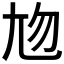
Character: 𡯖